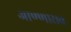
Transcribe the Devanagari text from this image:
आण्णाराव